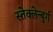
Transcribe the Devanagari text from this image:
स्तेक्लेन्बुर्ग